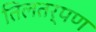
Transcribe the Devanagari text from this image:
तिलतर्पण